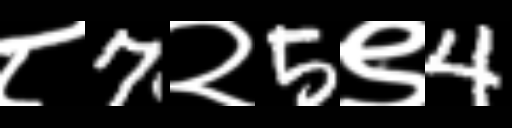
Text: ८7२5९4